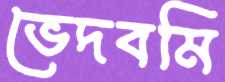
ভেদবমি